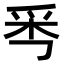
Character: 𤔁